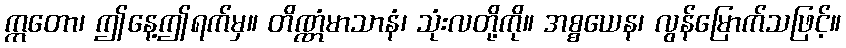
ဣတော၊ ဤနေ့ဤရက်မှ။ တိဏ္ဏံမာသာနံ၊ သုံးလတို့ကို။ အစ္စယေန၊ လွန်မြောက်သဖြင့်။